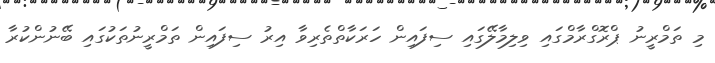
މި ތަމްރީނު ޕްރޮގްރާމްގައި ވިލިމާލޭގައި ސިފައިން ހަރަކާތްތެރިވާ އިރު ސިފައިން ތަމްރީނުތަކުގައި ބޭނުންކުރާ